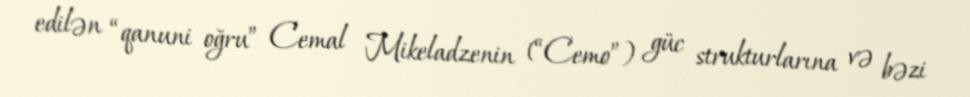
edilən “qanuni oğru” Cemal Mikeladzenin (“Cemo”) güc strukturlarına və bəzi